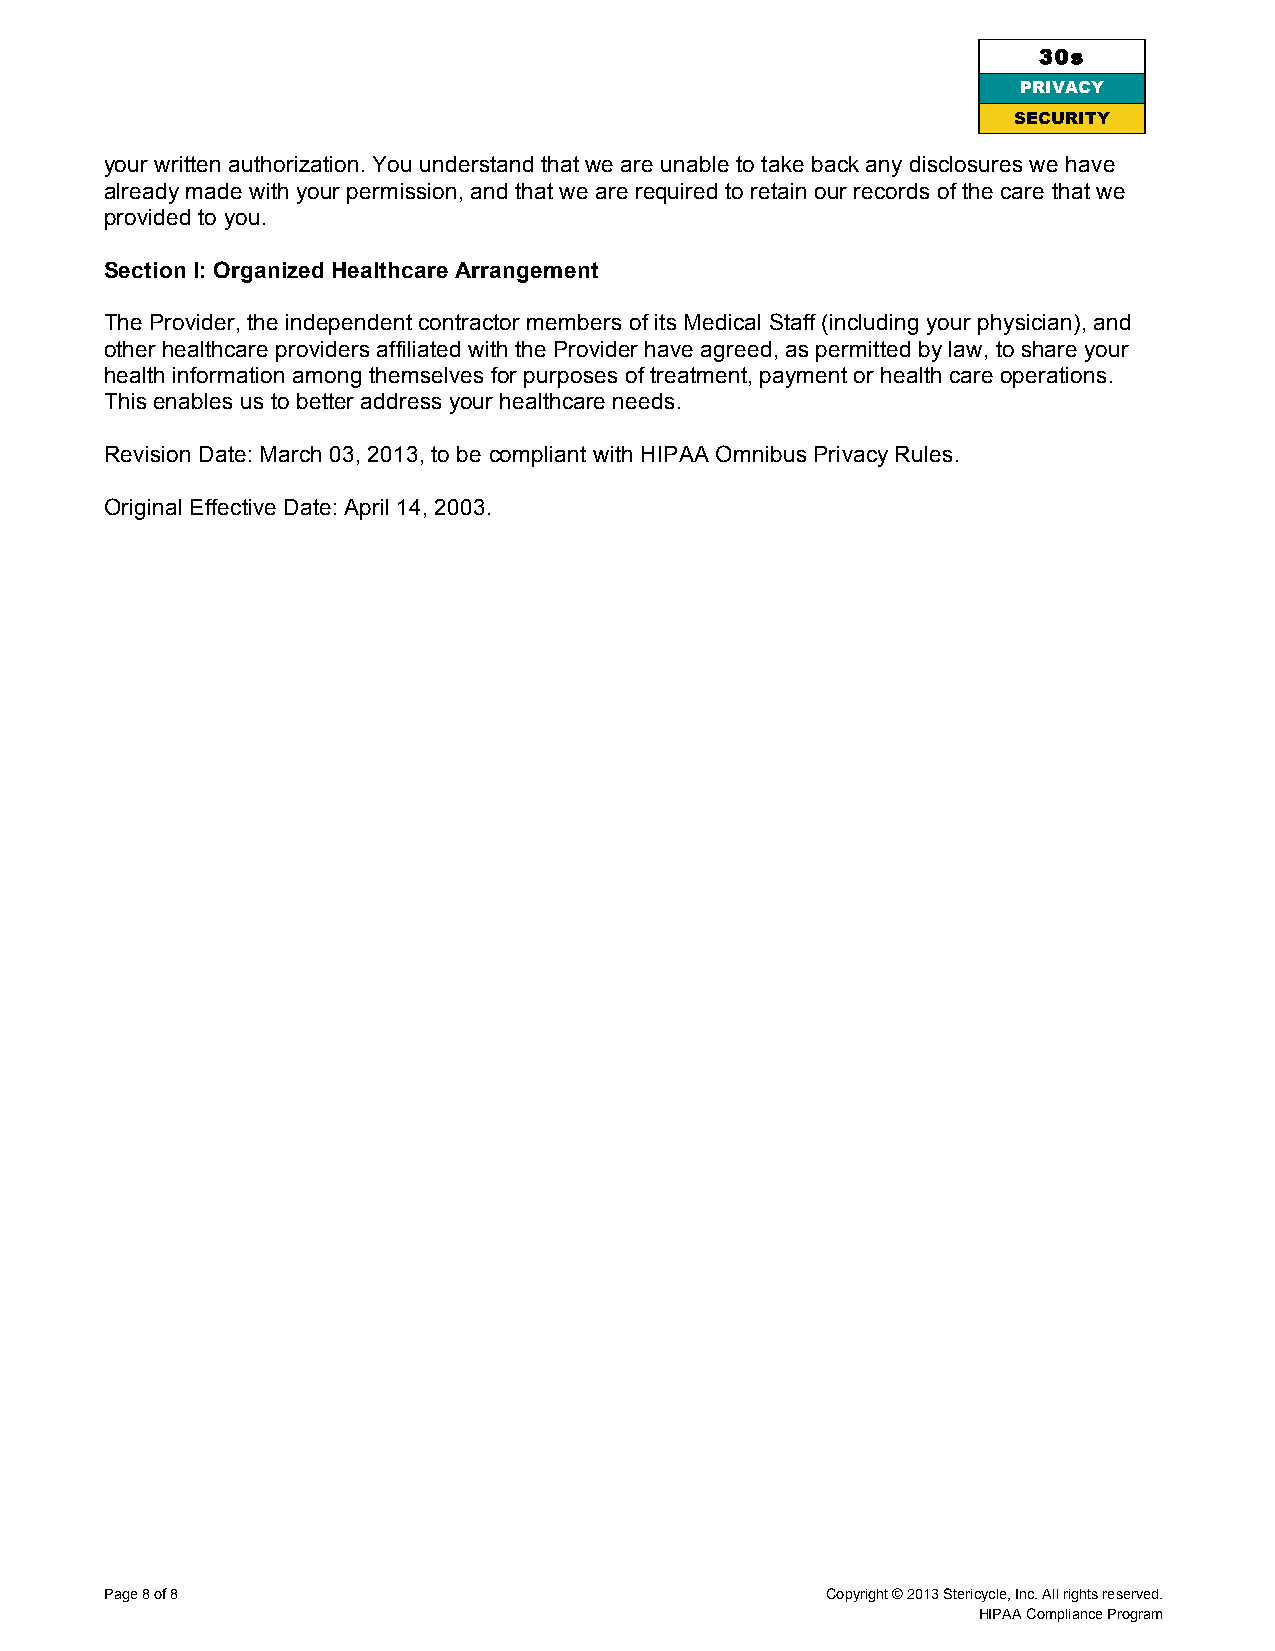
30s
 PRIVACY
 SECURI TY
 your written authorization. You understand that we are unable to take back any disclosures we have
 already made with your permission, and that we are required to retain our records of the care that we
 provided to you.
 Section I: Organized Healthcare Arrangement
 The Provider, the independent contractor members of its Medical Staff (including your physician), and
 other healthcare providers affiliated with the Provider have agreed, as permitted by law, to share your
 health information among themselves for purposes of treatment, payment or health care operations.
 This enables us to better address your healthcare needs.
 Revision Date: March 03, 2013, to be compliant with HIPAA Omnibus Privacy Rules.
 Original Effective Date: April 14, 2003.
 Page 8 of 8                                     Copyright © 2013 Stericycle, Inc. All rights reserved.
 HIPAA Compliance Program